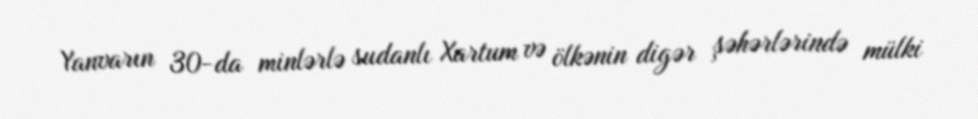
Yanvarın 30-da minlərlə sudanlı Xartum və ölkənin digər şəhərlərində mülki